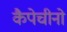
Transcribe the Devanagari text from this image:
कैपेचीनो